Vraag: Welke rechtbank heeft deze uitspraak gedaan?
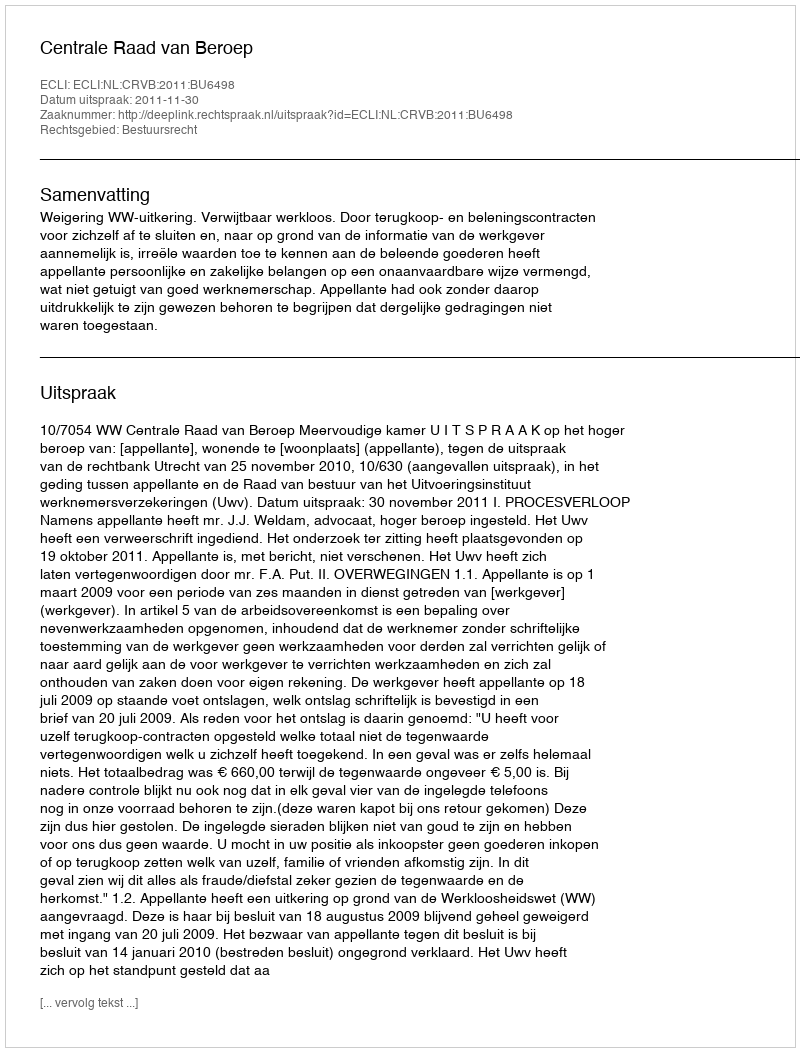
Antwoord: Centrale Raad van Beroep